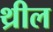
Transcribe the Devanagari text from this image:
थ्रील